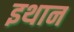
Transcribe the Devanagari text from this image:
इथान